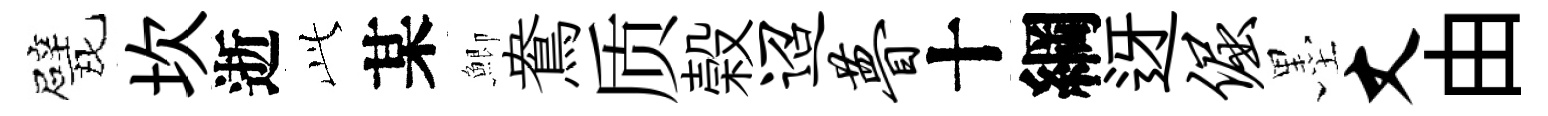
戏坎逝𬼘某鯽鴦质榖迢瞢十綱迓倔墨丈由